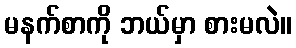
မနက်စာကို ဘယ်မှာ စားမလဲ။